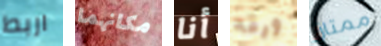
اربط مكانهما أنا ورقه ممتاز